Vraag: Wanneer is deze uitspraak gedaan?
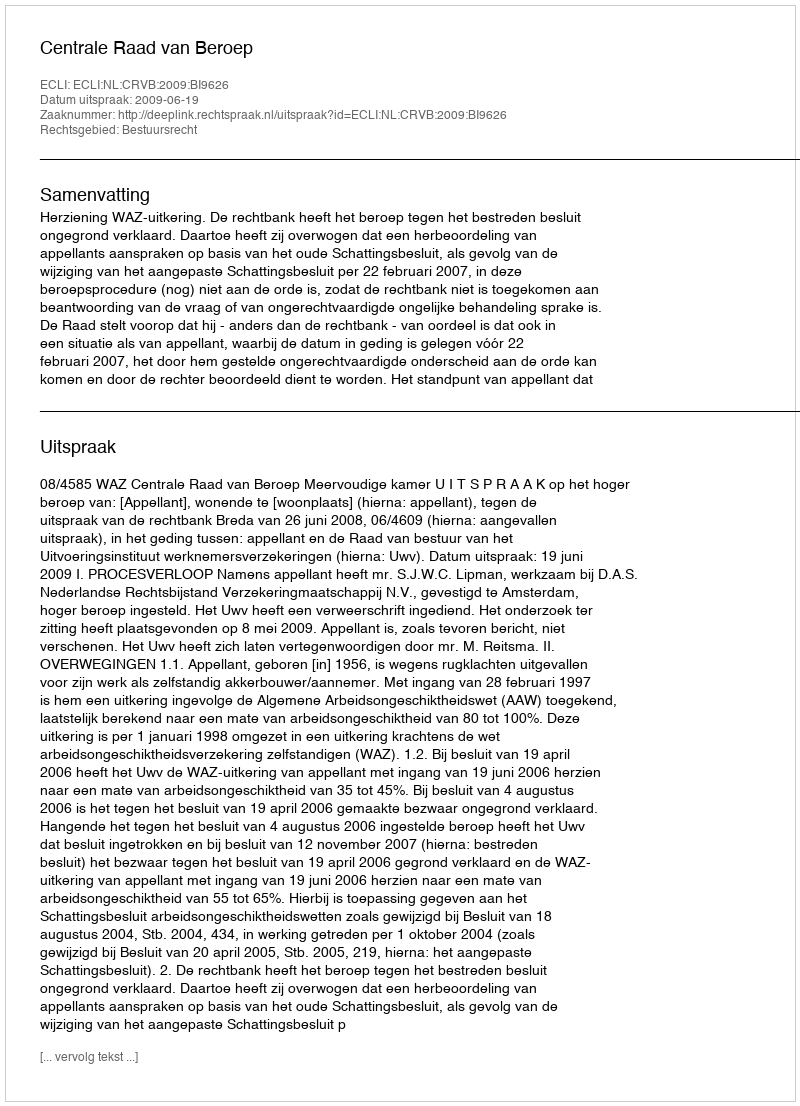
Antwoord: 2009-06-19